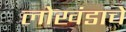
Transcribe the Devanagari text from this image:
लोखंडाचें